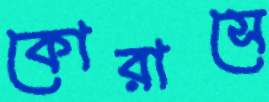
কোরাসে